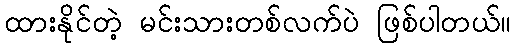
ထားနိုင်တဲ့ မင်းသားတစ်လက်ပဲ ဖြစ်ပါတယ်။